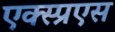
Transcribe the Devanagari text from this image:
एक्स्प्रएस